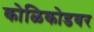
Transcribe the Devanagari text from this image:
कोळिकोडवर